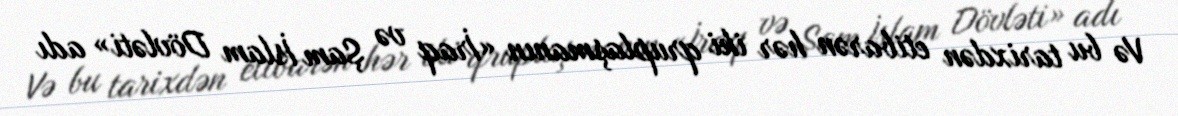
Və bu tarixdən etibarən hər iki qruplaşmanın «İraq və Şam İslam Dövləti» adı